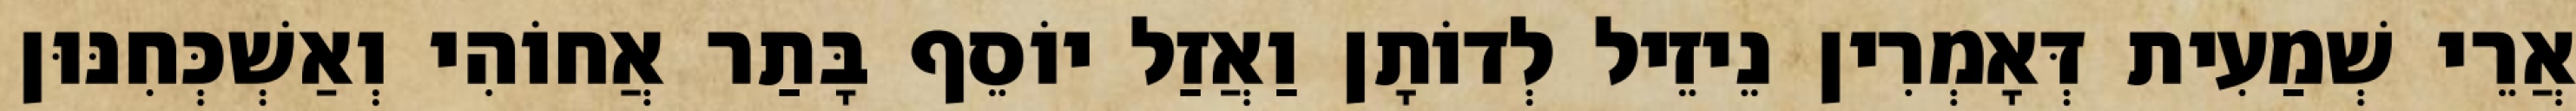
אֲרֵי שְׁמַעִית דְּאָמְרִין נֵיזֵיל לְדוֹתָן וַאֲזַל יוֹסֵף בָּתַר אֲחוֹהִי וְאַשְׁכְּחִנּוּן